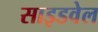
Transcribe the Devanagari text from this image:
साइडवेल